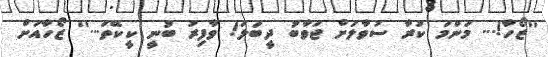
''ޒޯހާ!... މަންމަ ކުރާ ސުވާލަށް ޖަވާބު ދީބަލަ! ވާފިރު ބުނީ ކީކޭތަ...'' ޒޯހާއަށް